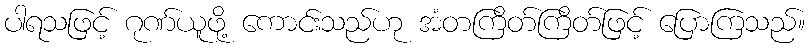
ပါရသဖြင့် ဂုဏ်ယူဖို့ ကောင်းသည်ဟု အံတကြိတ်ကြိတ်ဖြင့် ပြောကြသည်။